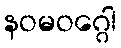
နဝမဝဂ္ဂေါ